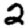
Digit: 2